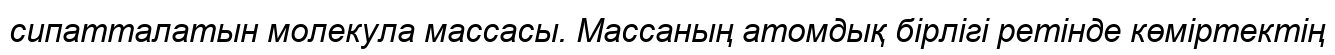
сипатталатын молекула массасы. Массаның атомдық бірлігі ретінде көміртектің